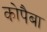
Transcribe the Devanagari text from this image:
कोपैबा